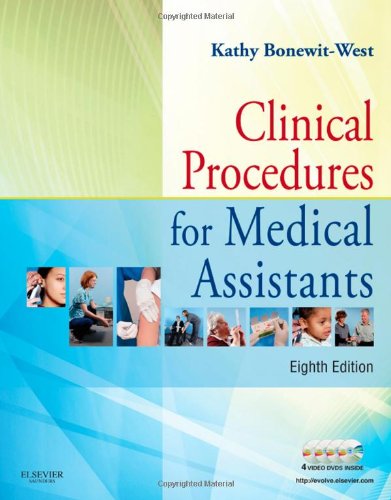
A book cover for Clinical Procedures for Medical Assistants, 8e; Kathy Bonewit-West BS  MEd; Medical Books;